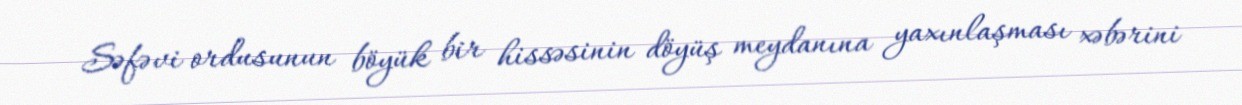
Səfəvi ordusunun böyük bir hissəsinin döyüş meydanına yaxınlaşması xəbərini